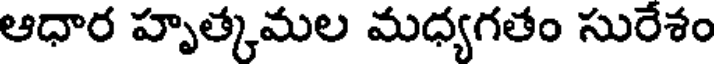
ఆధార హృత్కమల మధ్యగతం సురేశం